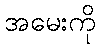
အမေးကို